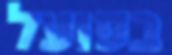
בפועל